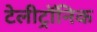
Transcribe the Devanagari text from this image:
टेलीट्रॉनिक